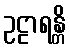
ဥဠာရန္တိ